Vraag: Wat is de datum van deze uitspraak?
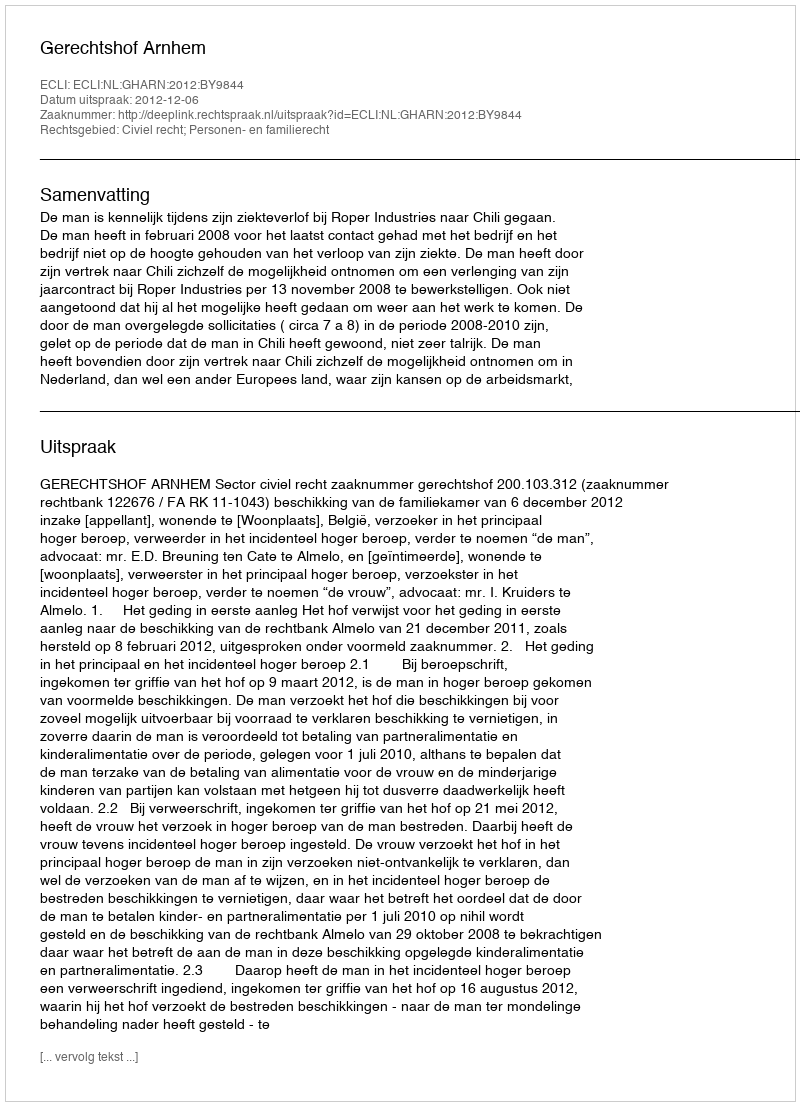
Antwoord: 2012-12-06